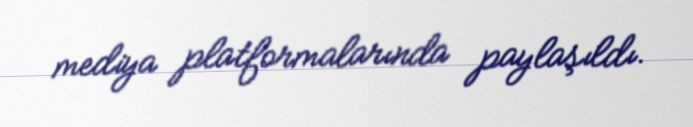
mediya platformalarında paylaşıldı.